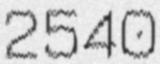
2540